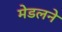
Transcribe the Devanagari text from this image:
मेडलने